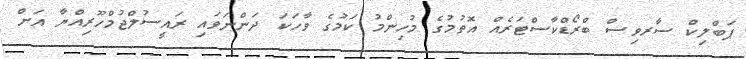
ޕަބްލިކް ސާރވިސް ބްރޯޑްކާސްޓަރެއް އޮތުމުގެ މުހިންމު ކަމުގެ ވާހަކަ ދަންނަވައި ރައީސުލްޖުމްހޫރިއްޔާ އަށް